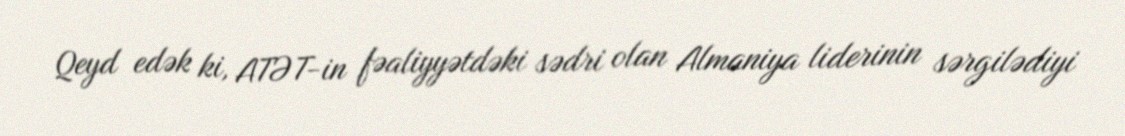
Qeyd edək ki, ATƏT-in fəaliyyətdəki sədri olan Almaniya liderinin sərgilədiyi